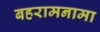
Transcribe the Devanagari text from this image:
बहरामनामा